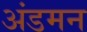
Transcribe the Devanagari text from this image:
अंडमन